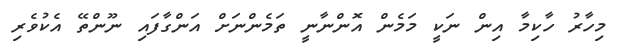
މިހާރު ހާކިމާ އިން ނަކީ މަމެން އޮންނާނީ ތަމެންނަށް އަންގާފައި ނޫންތޭ އެކުވެރި